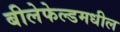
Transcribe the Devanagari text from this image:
बीलेफेल्डमधील